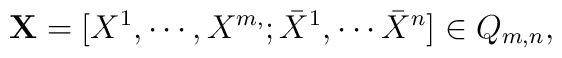
{\bf X}=[ X^{1},\cdots,X^{m,}; \bar {X}^{1},\cdots \bar {X}^{n} ] \in Q_{m,n},